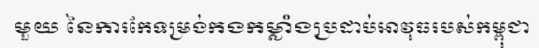
មួយ នៃការកែទម្រង់កងកម្លាំងប្រដាប់អាវុធរបស់កម្ពុជា